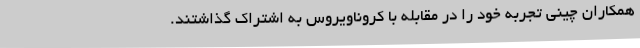
همکاران چینی تجربه خود را در مقابله با کروناویروس به اشتراک گذاشتند.